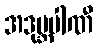
အဒုဗ္ဘပါဏီ